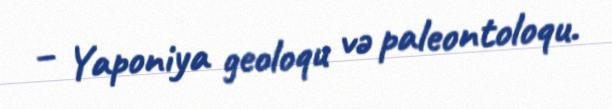
– Yaponiya geoloqu və paleontoloqu.